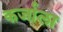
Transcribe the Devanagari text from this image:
कर्जाला